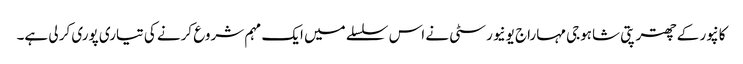
کانپور کے چھترپتی شاہوجی مہاراج یونیورسٹی نے اس سلسلے میں ایک مہم شروع کرنے کی تیاری پوری کر لی ہے۔